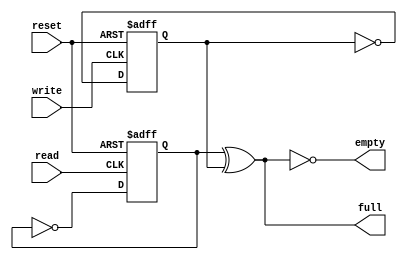
////////////////////////////////////////////////////////////////////////////////////
// Copyright (c) 2016, University of British Columbia (UBC)  All rights reserved. //
//                                                                                //
// Redistribution  and  use  in  source   and  binary  forms,   with  or  without //
// modification,  are permitted  provided that  the following conditions are met: //
//   * Redistributions   of  source   code  must  retain   the   above  copyright //
//     notice,  this   list   of   conditions   and   the  following  disclaimer. //
//   * Redistributions  in  binary  form  must  reproduce  the  above   copyright //
//     notice, this  list  of  conditions  and the  following  disclaimer in  the //
//     documentation and/or  other  materials  provided  with  the  distribution. //
//   * Neither the name of the University of British Columbia (UBC) nor the names //
//     of   its   contributors  may  be  used  to  endorse  or   promote products //
//     derived from  this  software without  specific  prior  written permission. //
//                                                                                //
// THIS  SOFTWARE IS  PROVIDED  BY THE COPYRIGHT HOLDERS AND CONTRIBUTORS "AS IS" //
// AND  ANY EXPRESS  OR IMPLIED WARRANTIES,  INCLUDING,  BUT NOT LIMITED TO,  THE //
// IMPLIED WARRANTIES OF MERCHANTABILITY AND FITNESS FOR A PARTICULAR PURPOSE ARE //
// DISCLAIMED.  IN NO  EVENT SHALL University of British Columbia (UBC) BE LIABLE //
// FOR ANY DIRECT,  INDIRECT,  INCIDENTAL,  SPECIAL,  EXEMPLARY, OR CONSEQUENTIAL //
// DAMAGES  (INCLUDING,  BUT NOT LIMITED TO,  PROCUREMENT OF  SUBSTITUTE GOODS OR //
// SERVICES;  LOSS OF USE,  DATA,  OR PROFITS;  OR BUSINESS INTERRUPTION) HOWEVER //
// CAUSED AND ON ANY THEORY OF LIABILITY,  WHETHER IN CONTRACT, STRICT LIABILITY, //
// OR TORT  (INCLUDING NEGLIGENCE OR OTHERWISE) ARISING IN ANY WAY OUT OF THE USE //
// OF  THIS SOFTWARE,  EVEN  IF  ADVISED  OF  THE  POSSIBILITY  OF  SUCH  DAMAGE. //
////////////////////////////////////////////////////////////////////////////////////

////////////////////////////////////////////////////////////////////////////////////
//  asps2asps_full_empty_ctrl.v: asp* -> asp* stage full/empty controller module  //
//  Cell-based Mixed FIFOs :: University of British Columbia  (UBC) :: July 2016  //
////////////////////////////////////////////////////////////////////////////////////

////////////////////////////////////////////////////////////////////////////////////
//                                                                                //
// reset >----+-------------.                                                     //
//            |         ____|_____                                                //
//            |        |   RST   |                                                //
// read  >----|--------|CLK  __  |                                                //
//            |        |    ^   Q|----.  read_r                                   //
//            |   .----|D __|    |    |                                           //
//            |   |    |_________|    |                                           //
//            |   |                   |                                           //
//            |   '--------o<|--------+                                           //
//            |                       |  ____       .----|>o----> empty           //
//            '-------------.         '-\\    \     |                             //
//                      ____|_____       ))XOR )----+                             //
//                     |   RST   |    .-//____/     |                             //
// write >-------------|CLK  __  |    |             '------------> full           //
//                     |    ^   Q|----+                                           //
//                .----|D __|    |    |                                           //
//                |    |_________|    |                                           //
//                |                   |                                           //
//                '--------o<|--------'  write_r                                  //
//                                                                                //
////////////////////////////////////////////////////////////////////////////////////

module asps2asps_full_empty_ctrl
  ( input  reset,  // global reset
    input  write,  // record write
    output empty,  // fifo is empty
    input  read ,  // record read
    output full ); // fifo is full

  // local wires/regs
  reg read_r ;
  reg write_r;
  
  // read flop
  always@(posedge read or posedge reset)
    if (reset) read_r <= 1'b0   ;
    else       read_r <= ~read_r;
  
  // write flop
  always@(posedge write or posedge reset)
    if (reset) write_r <= 1'b0    ;
    else       write_r <= ~write_r;

  // assign outputs
  assign empty = ~(read_r ^ write_r);
  assign full  =  (read_r ^ write_r);
   
endmodule // asps2asps_full_empty_ctrl